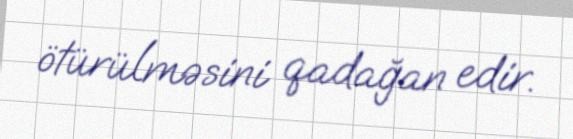
ötürülməsini qadağan edir.